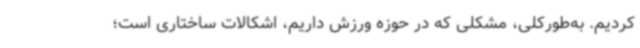
کردیم. به‌طورکلی، مشکلی که در حوزه ورزش داریم، اشکالات ساختاری است؛